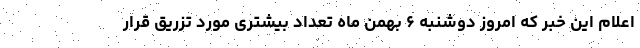
اعلام این خبر که امروز دوشنبه ۶ بهمن ماه تعداد بیشتری مورد تزریق قرار